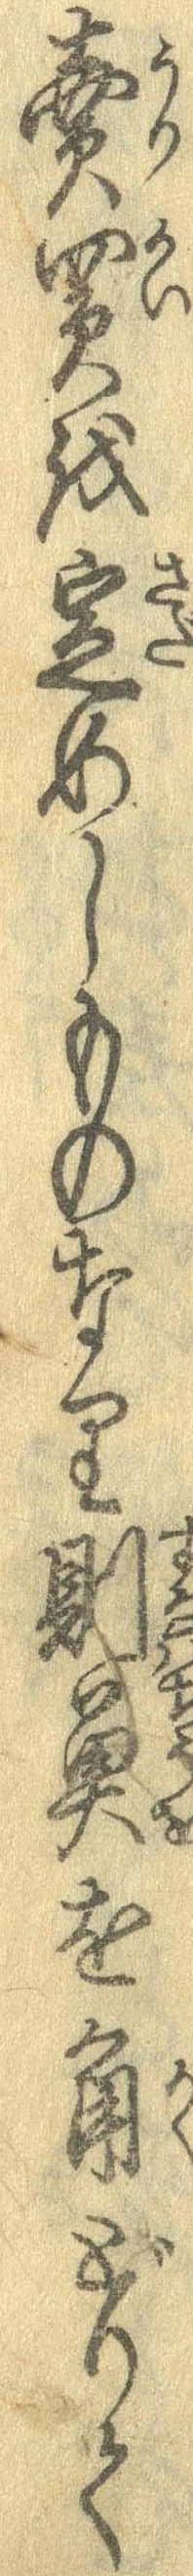
売買を定めしものなり則魚を角どりて